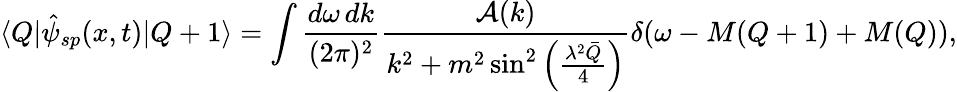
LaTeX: \langle Q|\hat{\psi}_{sp}(x,t)|Q+1\rangle=\int\frac{d\omega\, dk}{(2\pi)^{2}}\frac{{\cal A}(k)}{k^{2}+m^{2}\sin^{2}\left(\frac{\lambda^{2}\bar{Q}}{4}\right)}\delta(\omega-M(Q+1)+M(Q)),